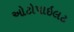
ઓટોપાઇલટ